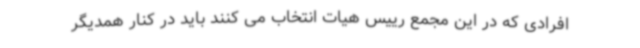
افرادی که در این مجمع رییس هیات انتخاب می کنند باید در کنار همدیگر